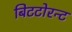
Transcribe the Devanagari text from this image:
बिटटोरन्ट